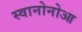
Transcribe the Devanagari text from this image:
स्वानोनोआ